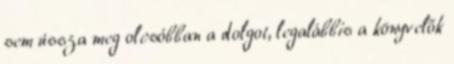
sem ússza meg olcsóbban a dolgot, legalábbis a könyvelők